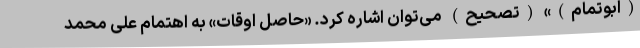
(ابوتمام)» (تصحیح) می‌توان اشاره کرد. «حاصل اوقات» به اهتمام علی محمّد